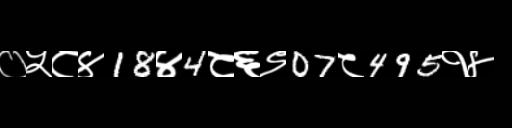
Text: ०५८४18४4८६९07८495१४